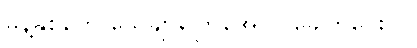
မုန့်နှစ်တွေ သေချာကြေအောင် ခေါက်ပေးပါ။